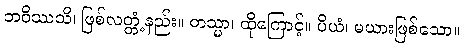
ဘဝိဿသိ၊ ဖြစ်လတ္တံ့နည်း။ တသ္မာ၊ ထိုကြောင့်။ ပိယံ၊ မယားဖြစ်သော။